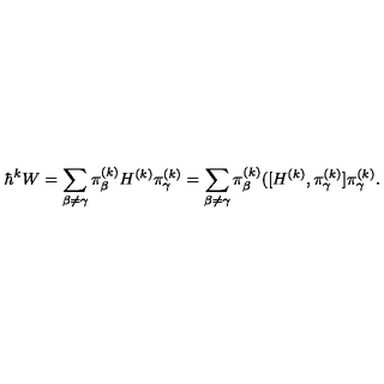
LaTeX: \hbar ^ { k } W = \sum _ { \beta \not = \gamma } \pi _ { \beta } ^ { ( k ) } H ^ { ( k ) } \pi _ { \gamma } ^ { ( k ) } = \sum _ { \beta \not = \gamma } \pi _ { \beta } ^ { ( k ) } ( [ H ^ { ( k ) } , \pi _ { \gamma } ^ { ( k ) } ] \pi _ { \gamma } ^ { ( k ) } .